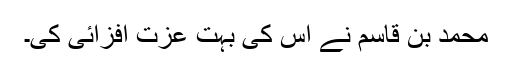
محمد بن قاسم نے اس کی بہت عزت افزائی کی۔